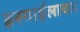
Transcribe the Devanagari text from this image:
इस्माईलाबाद